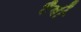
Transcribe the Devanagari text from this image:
टैबी